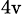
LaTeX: _\mathrm{4v}